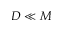
D \ll M